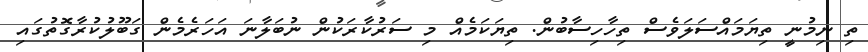
ތި ނިމުނީ ތިޔަމައްސަލަވެސް ތިހާހިސާބުން. ތިޔަކަމެއް މި ސަރުކާރަކުން ނުބަލާނަ އަހަރެމެން ގަބޫލުކުރާގޮތުގައި